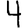
Digit: 4